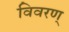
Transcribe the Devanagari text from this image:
विवरण्‌